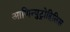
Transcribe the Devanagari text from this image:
आणिन्युट्रोहिलिस